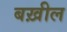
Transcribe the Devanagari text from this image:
बख़ील